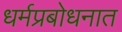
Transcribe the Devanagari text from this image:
धर्मप्रबोधनात